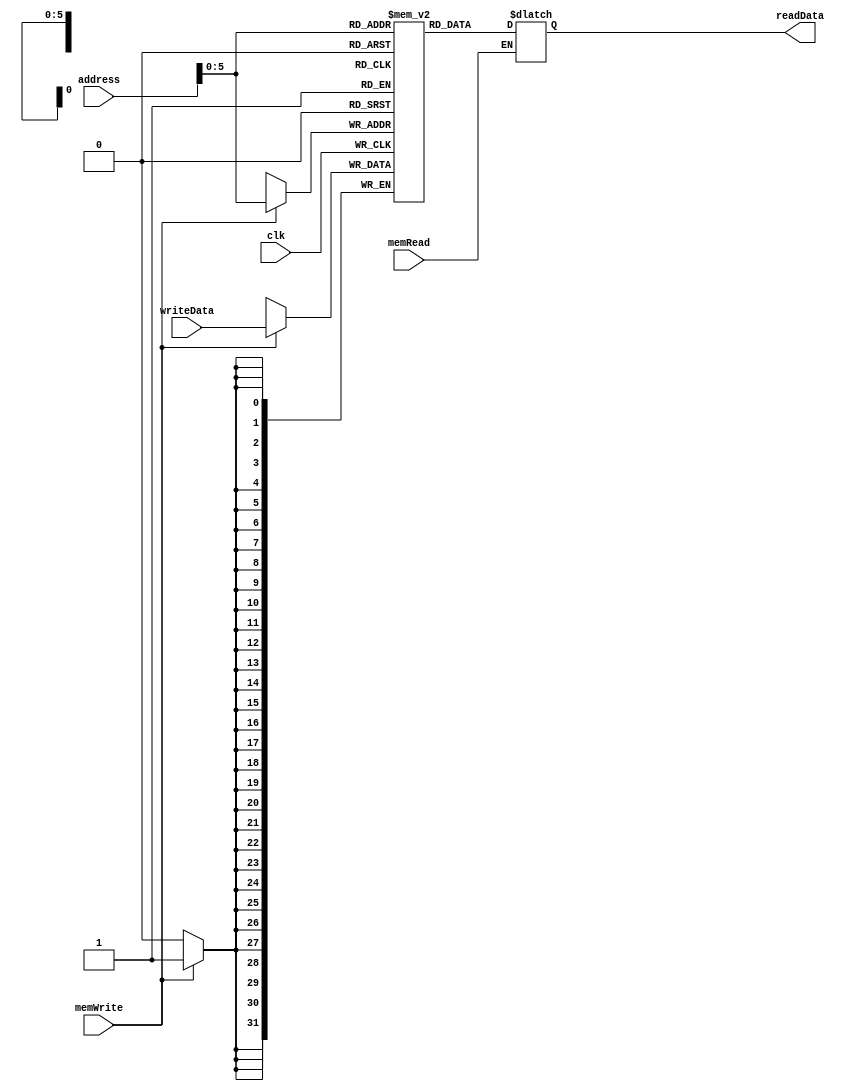
`timescale 1ns / 1ps
//////////////////////////////////////////////////////////////////////////////////
// Company: 
// Engineer: 
// 
// Design Name: 
// Module Name: dataMemory
// Project Name: 
// Target Devices: 
// Tool Versions: 
// Description: 
// 
// Dependencies: 
// 
// Revision:
// Revision 0.01 - File Created
// Additional Comments:
// 
//////////////////////////////////////////////////////////////////////////////////


module dataMemory(
    input clk,
    input [31:0] address,
    input [31:0] writeData,
    input memWrite,
    input memRead,
    output reg [31:0] readData
    );
    
    reg [31:0] memSets[63:0];
   
    always @(address or memRead or clk)
        begin
            if(memRead)
                readData = memSets[address];
        end
     
     always @(negedge clk)
        begin
            if(memWrite)
                memSets[address] = writeData;
        end
        
endmodule